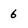
Character: 6